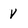
Character: v